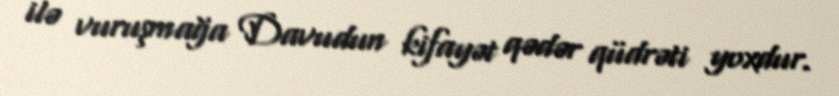
ilə vuruşmağa Davudun kifayət qədər qüdrəti yoxdur.